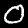
Label: 0